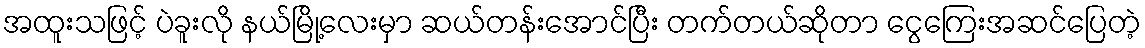
အထူးသဖြင့် ပဲခူးလို နယ်မြို့လေးမှာ ဆယ်တန်းအောင်ပြီး တက်တယ်ဆိုတာ ငွေကြေးအဆင်ပြေတဲ့